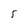
Character: 5